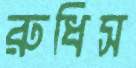
রুধিস